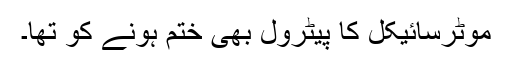
موٹرسائیکل کا پیٹرول بھی ختم ہونے کو تھا۔